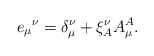
\begin{align*}{e_\mu}^\nu=\delta^\nu_\mu+\xi^\nu_A A_\mu^A.\end{align*}